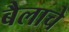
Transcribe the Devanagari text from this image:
बैलाचे